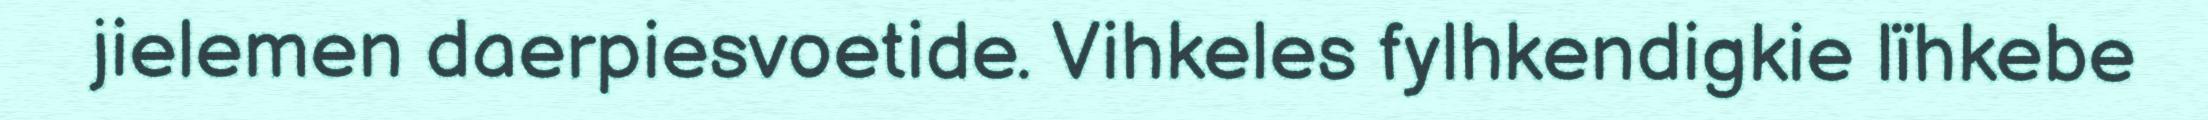
jielemen daerpiesvoetide. Vihkeles fylhkendigkie lïhkebe